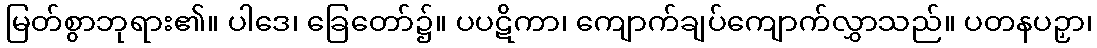
မြတ်စွာဘုရား၏။ ပါဒေ၊ ခြေတော်၌။ ပပဋိကာ၊ ကျောက်ချပ်ကျောက်လွှာသည်။ ပတနပဉှာ၊